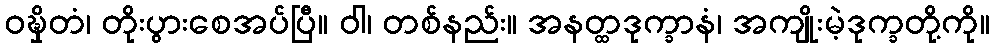
ဝဍ္ဎှိတံ၊ တိုးပွားစေအပ်ပြီ။ ဝါ၊ တစ်နည်း။ အနတ္ထဒုက္ခာနံ၊ အကျိုးမဲ့ဒုက္ခတို့ကို။